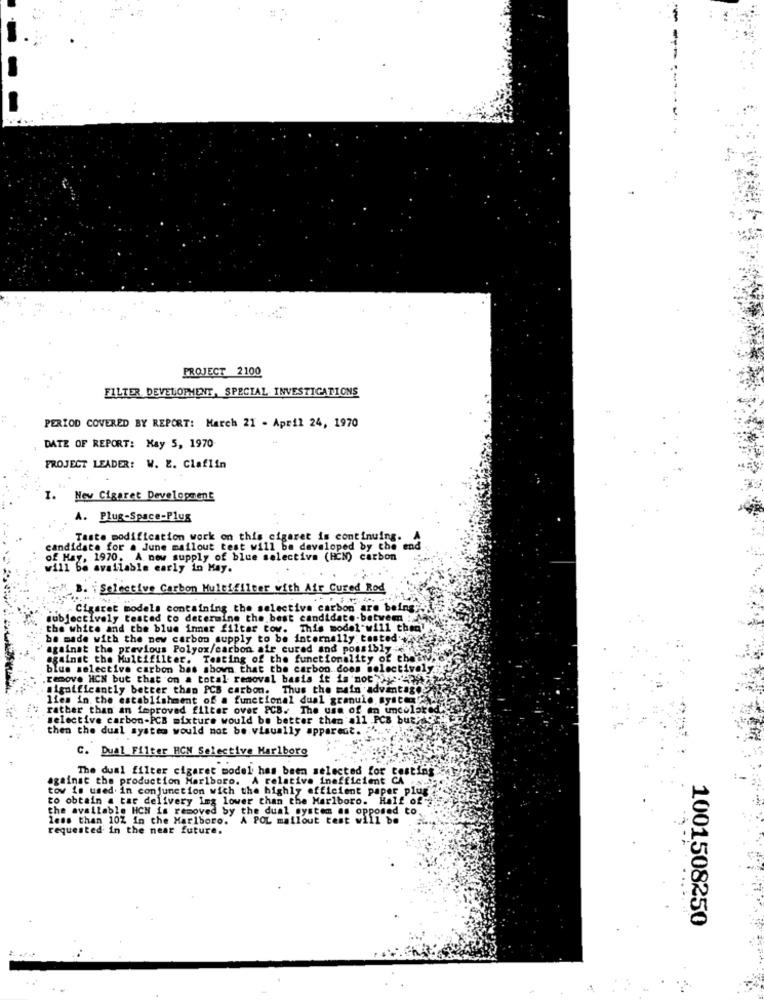
PROJECT 2100
FILTER DEVELOPMENT, SPECIAL INVESTIGATIONS
PERIOD COVERED BY REPORT: March 21 - April 24, 1970
DATE OF REPORT: Kay 5, 1970
PROJECT LEADER: W. E. Claflin
1.
New Cigaret Development
A. Plug-Space-Plug
Taste modification work on this cigaret is continuing.
candidate for a June mailout test will be developed by the end
of Hay, 1970. A new supply of blue selectiva (HCN) carbon
will be available early in May.
" B. \ Selective Carbon Multifilter with Air Cured Rod
Cigaret models containing the selective carbon are being;
subjectively tested to determine the best candidate-betwem :
the white and the blue inner filter tow. This model will then"
be made with the new carbon supply to be internally tested
againat the previous Polyox/carbon air cured and possibly:
against the Multifilter. Testing of the functionality of chatwhy
blus selective carbon bas shown that the carbon does selectively ..
.remove HCN but that on a total removal basis it is not'ye-Paz
significantly better than PCB carbon. Thus the main advantage
lies in the establishment of a functional dual granule system
" rather than an improved filter over PCB. The use of en uncolsted
selective carbon-PCB mixture would be better then all PCB but?
then the dual system would not be visually appare
C. Dual Filter HCN Selective Marlboro
The dual filter cigaret model has been selected for costing
against the production Marlboro. A relative inefficient CA
tow is used in conjunction wich the highly efficient paper plug
to obtain a tar delivery img lower than the Marlboro. Half of"
the available HCN is removed by the dual system as opposed to.
less than 10% in the Marlboro.
A POL mailout
matlout test will be
requested in the near future.
1001508250